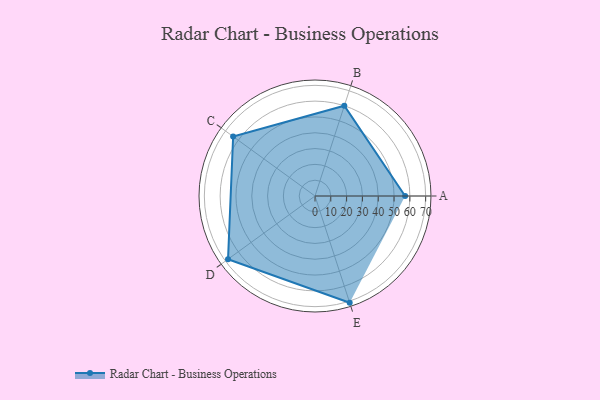
{"axis": {"x": "Skill", "y": "Score"}, "legend": ["Profile"], "data": [{"x": "A", "y": 57.0, "type": "Profile"}, {"x": "B", "y": 60.0, "type": "Profile"}, {"x": "C", "y": 64.0, "type": "Profile"}, {"x": "D", "y": 68.0, "type": "Profile"}, {"x": "E", "y": 71.0, "type": "Profile"}]}